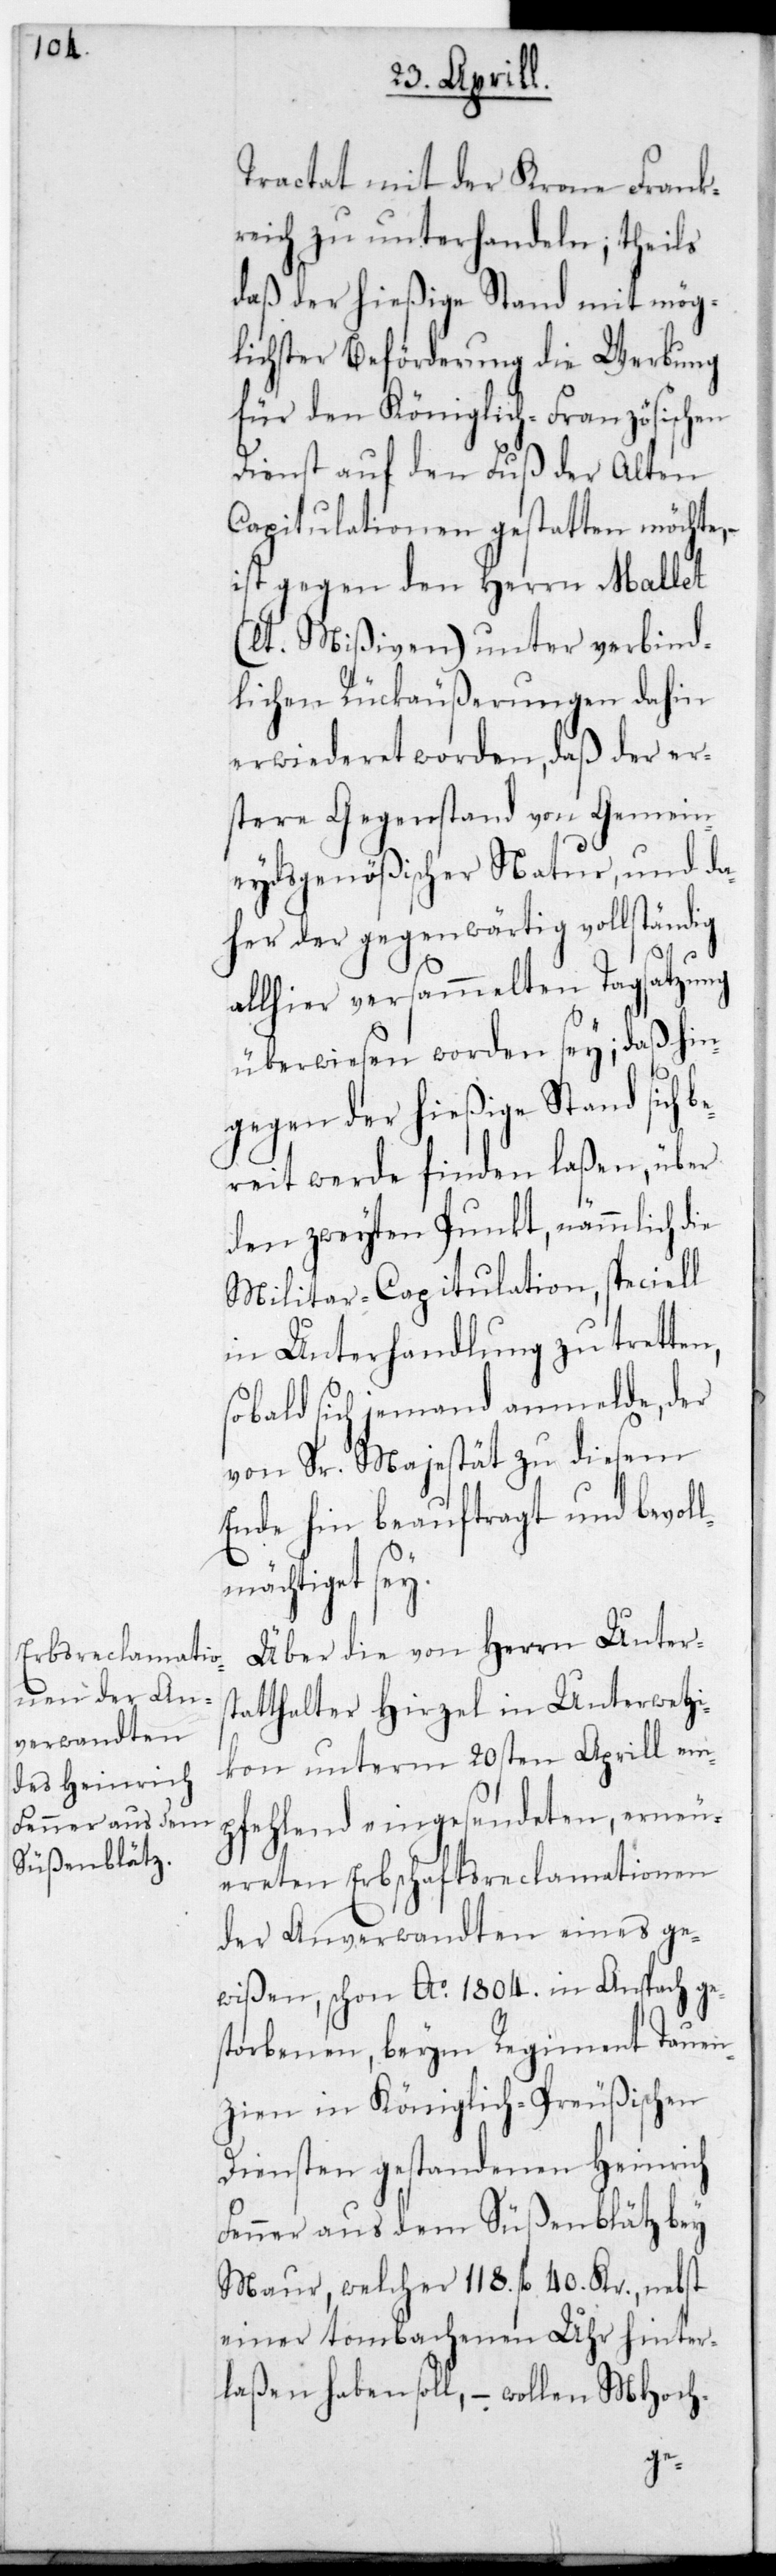
Tractat mit der Krone Frank¬
reich zu unterhandeln; theils
daß der hießige Stand mit mög¬
lichster Beförderung die Werbung
für den Königlich-Französischen
Dienst auf den Fuß der alten
Capitulationen gestatten möchte,
ist gegen den Herrn Mallet
(lt. Mißiven) unter verbind¬
lichen Rückäußerungen dahin
erwideret worden, daß der er¬
stere Gegenstand von Gemein¬
eydsgenößischer Natur, und da¬
her der gegenwärtig vollständig
allhier versammelten Tagsatzung
überwiesen worden sei; daß hin¬
gegen der hießige Stand sich b¬
ereit werde finden laßen, über
den zweyten Punkt, nämmlich die
Militar-Capitulation, speciell
in Unterhandlung zu tretten,
sobald sich jemand anmelde, der
von Sr. Majestät zu diesem
Ende hin beauftragt und bevol¬
lmächtiget sey.
Über die von Herrn Unters¬
tatthalter Hirzel in Unterwetzi¬
kon unterm 20sten Aprill em¬
pfehlend eingesendeten, erneu¬
ereten Erbschafts-Reclamationen
der Anverwandten eines ge¬
wißen, schon Ao. 1804 in Ansbach ges¬
torbenen, beym Regiment Tauen¬
zien in Königlich-Preußischen
Diensten gestandenen Heinrich
Fenner aus dem Süßenblätz bey
Maur, welcher 118. fl. 40. Kr., nebst
einer tombachenen Uhr hinter¬
laßen haben soll, – wollen MHoch-